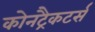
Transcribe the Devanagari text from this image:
कोनट्रैकटर्स